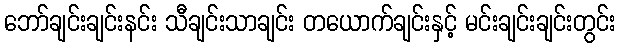
ဘော်ချင်းချင်းနင်း သီချင်းသာချင်း တယောက်ချင်းနှင့် မင်းချင်းချင်းတွင်း